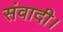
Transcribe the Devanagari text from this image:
संवादी।